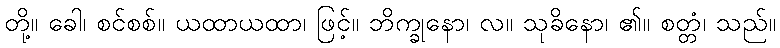
တို့။ ခေါ၊ စင်စစ်။ ယထာယထာ၊ ဖြင့်။ ဘိက္ခုနော၊ လ။ သုခိနော၊ ၏။ စတ္တံ၊ သည်။